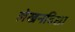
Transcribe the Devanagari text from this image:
लेखनविद्या